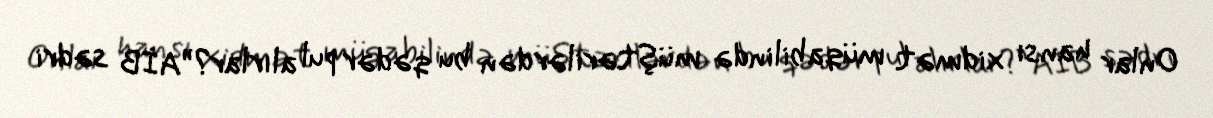
Onlar hansı xidmət müqabilində müştərilərdən bu qədər pul alırlar?”AİB sədri